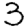
Digit: 3